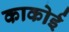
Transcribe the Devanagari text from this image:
काकोई